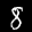
Digit: 8